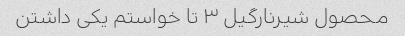
محصول شیرنارگیل ۳ تا خواستم یکی داشتن